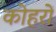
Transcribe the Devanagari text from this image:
कोहरों